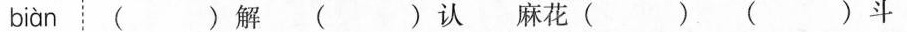
biàn ⋮()解()认麻花()()斗